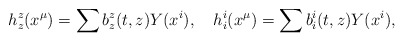
\begin{align*}{h^z_z}(x^\mu) =\sum {b^z_z} (t,z) Y(x^i) , \quad{h^i_i}(x^\mu) =\sum b^i_i (t,z) Y(x^i) ,\end{align*}